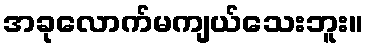
အခုလောက်မကျယ်သေးဘူး။